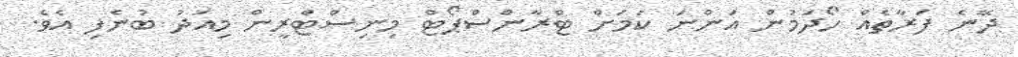
ދޭނެ ފަރާތެއް ހޯދަމުން އަންނަ ކަމަށް ޓްރާންސްޕޯޓް މިނިސްޓްރީން މިއަދު ބުނެފި އެވެ.